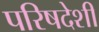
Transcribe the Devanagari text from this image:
परिषदेशी